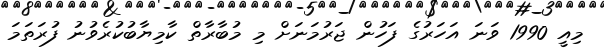
މިއީ 1990 ވަނަ އަހަރުގެ ފަހުން ޖަރުމަނަށް މި މުބާރާތް ކާމިޔާބުކުރެވުނު ފުރަތަމަ